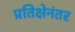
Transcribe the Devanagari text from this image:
प्रतिक्षेनंतर